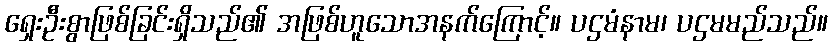
ရှေးဦးစွာဖြစ်ခြင်းရှိသည်၏ အဖြစ်ဟူသောအနက်ကြောင့်။ ပဌမံနာမ၊ ပဌမမည်သည်။